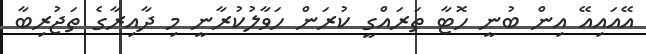
އޭއައިއޭ އިން ބުނީ ހޮޓާ ތަރައްގީ ކުރަން ހަވާލުކުރާނީ މި ދާއިރާގެ ތަޖުރިބާ